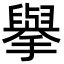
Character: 擧